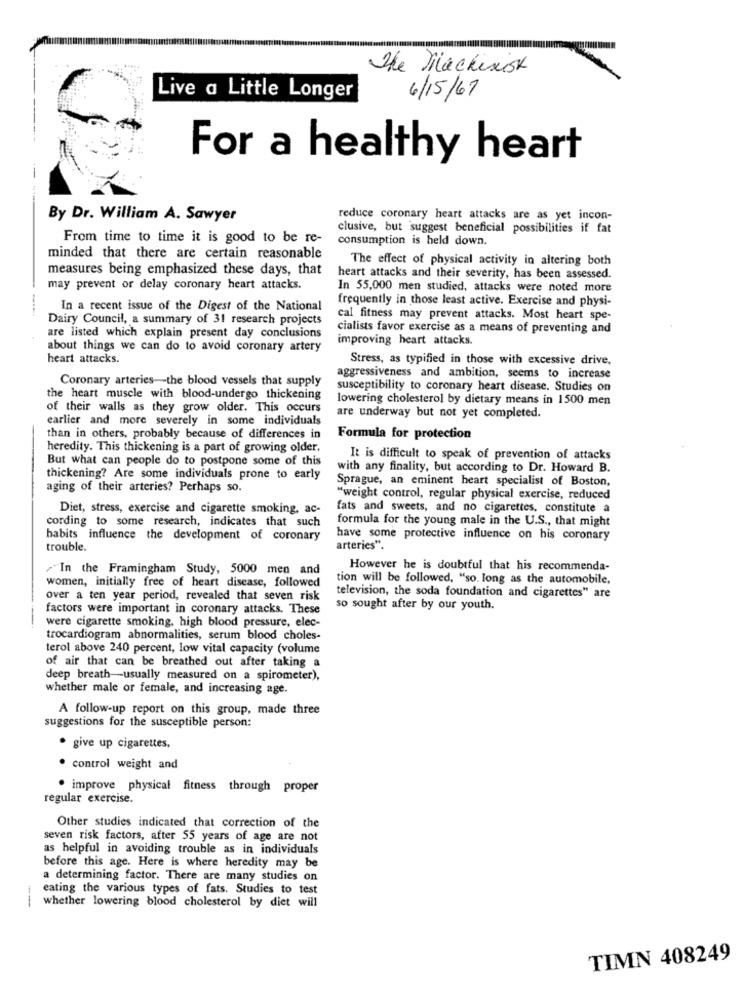
The Machinist
Live a Little Longer
6/15/67
For a healthy heart
By Dr. William A. Sawyer
reduce coronary heart attacks are as yet incon-
clusive, but suggest beneficial possibilities if fat
From time to time it is good to be re-
consumption is held down.
minded that there are certain reasonable
The effect of physical activity in altering both
measures being emphasized these days, that
heart attacks and their severity, has been assessed.
may prevent or delay coronary heart attacks.
In 55,000 men studied, attacks were noted more
frequently in those least active. Exercise and physi-
In a recent issue of the Digest of the National
Dairy Council, a summary of 31 research projects
cal fitness may prevent attacks. Most heart spe-
cialists favor exercise as a means of preventing and
are listed which explain present day conclusions
improving heart attacks.
about things we can do to avoid coronary artery
heart attacks.
Stress, as typified in those with excessive drive,
Coronary arteries-the blood vessels that supply
aggressiveness and ambition, seems to increase
susceptibility to coronary heart disease. Studies on
the heart muscle with blood-undergo thickening
lowering cholesterol by dietary means in 1500 men
of their walls as they grow older. This occurs
earlier and more severely in some individuals
are underway but not yet completed.
than in others, probably because of differences in
Formula for protection
heredity. This thickening is a part of growing older.
But what can people do to postpone some of this
It is difficult to speak of prevention of attacks
with any finality, but according to Dr. Howard B.
thickening? Are some individuals prone to early
Sprague, an eminent heart specialist of Boston,
aging of their arteries? Perhaps so.
"weight control, regular physical exercise, reduced
Diet, stress, exercise and cigarette smoking, ac-
fats and sweets, and no cigarettes, constitute a
cording to some research, indicates that such
formula for the young male in the U.S ., that might
habits influence the development of coronary
have some protective influence on his coronary
trouble.
arteries".
"In the Framingham Study, 5000 men and
However he is doubtful that his recommenda-
tion will be followed, "so. long as the automobile,
women, initially free of heart disease, followed
over a ten year period, revealed that seven risk
television, the soda foundation and cigarettes" are
factors were important in coronary attacks. These
so sought after by our youth.
-
were cigarette smoking, high blood pressure, elec-
trocardiogram abnormalities, serum blood choles-
terol above 240 percent, low vital capacity (volume
of air that can be breathed out after taking a
deep breath-usually measured on a spirometer),
whether male or female, and increasing age.
A follow-up report on this group, made three
suggestions for the susceptible person:
· give up cigarettes,
· control weight and
improve physical fitness through proper
regular exercise.
Other studies indicated that correction of the
seven risk factors, after 55 years of age are not
as helpful in avoiding trouble as in individuals
before this age. Here is where heredity may be
a determining factor. There are many studies on
eating the various types of fats. Studies to test
--
whether lowering blood cholesterol by diet will
TIMN 408249